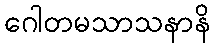
ဂေါတမသာသနာနိ